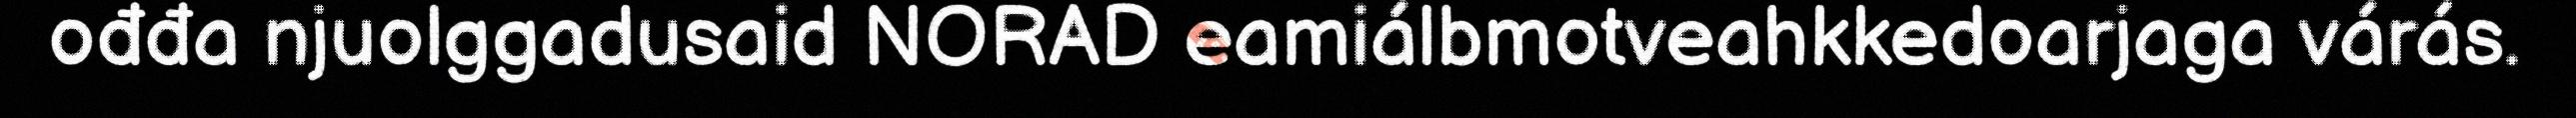
ođđa njuolggadusaid NORAD eamiálbmotveahkkedoarjaga várás.